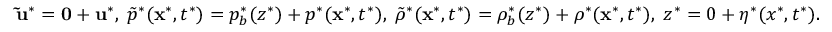
\begin{array} { r } { \mathbf { \tilde { u } ^ { * } } = \mathbf { 0 } + \mathbf { u } ^ { * } , \; \tilde { p } ^ { * } ( \mathbf { x } ^ { * } , t ^ { * } ) = p _ { b } ^ { * } ( z ^ { * } ) + p ^ { * } ( \mathbf { x } ^ { * } , t ^ { * } ) , \; \tilde { \rho } ^ { * } ( \mathbf { x } ^ { * } , t ^ { * } ) = \rho _ { b } ^ { * } ( z ^ { * } ) + \rho ^ { * } ( \mathbf { x } ^ { * } , t ^ { * } ) , \; z ^ { * } = 0 + \eta ^ { * } ( x ^ { * } , t ^ { * } ) . } \end{array}